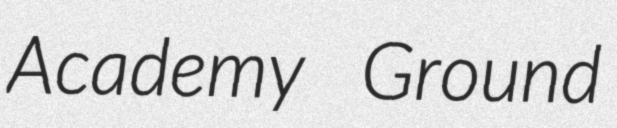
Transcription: Academy Ground